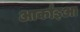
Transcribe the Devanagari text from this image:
आर्काइआ